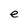
Character: e